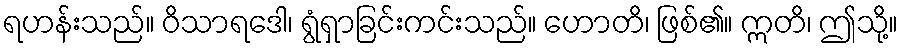
ရဟန်းသည်။ ဝိသာရဒေါ၊ ရွံရှာခြင်းကင်းသည်။ ဟောတိ၊ ဖြစ်၏။ ဣတိ၊ ဤသို့။